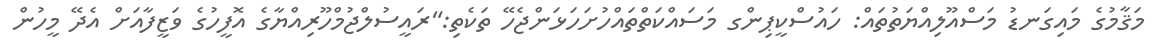
މަޤާމުގެ މައިގަނޑު މަސްއޫލިއްޔަތުތައް: ހައުސްކީޕިންގ މަސައްކަތްތައްހުށަހަޅަންޖެހޭ ތަކެތި:"ރައީސުލްޖުމްހޫރިއްޔާގެ އޮފީހުގެ ވަޒީފާއަށް އެދޭ މީހުން